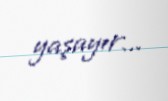
yaşayır...